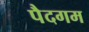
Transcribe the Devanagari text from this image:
पैदगम